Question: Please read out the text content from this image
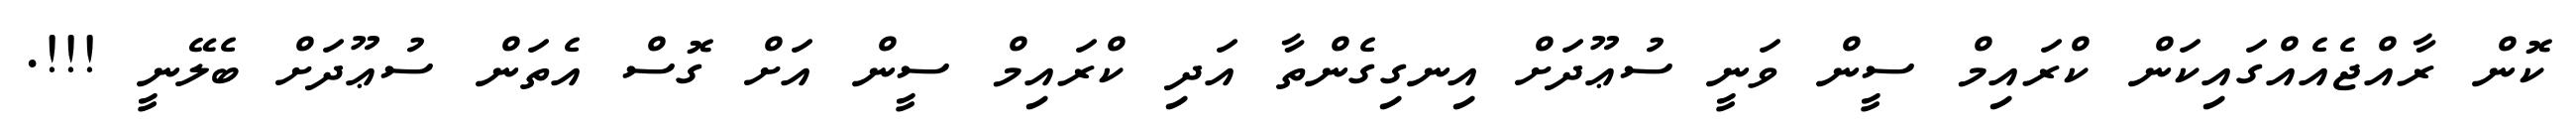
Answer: ކޮން ރާއްޖެއެއްގައިކަން ކްރައިމް ސީން ވަނީ ސުޢޫދަށް އިނގިގެންތާ އަދި ކްރައިމް ސީން އަށް ގޮސް އެތަން ސުޢޫދަށް ބެލޭނީ !!!.